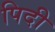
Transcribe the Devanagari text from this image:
पिदी